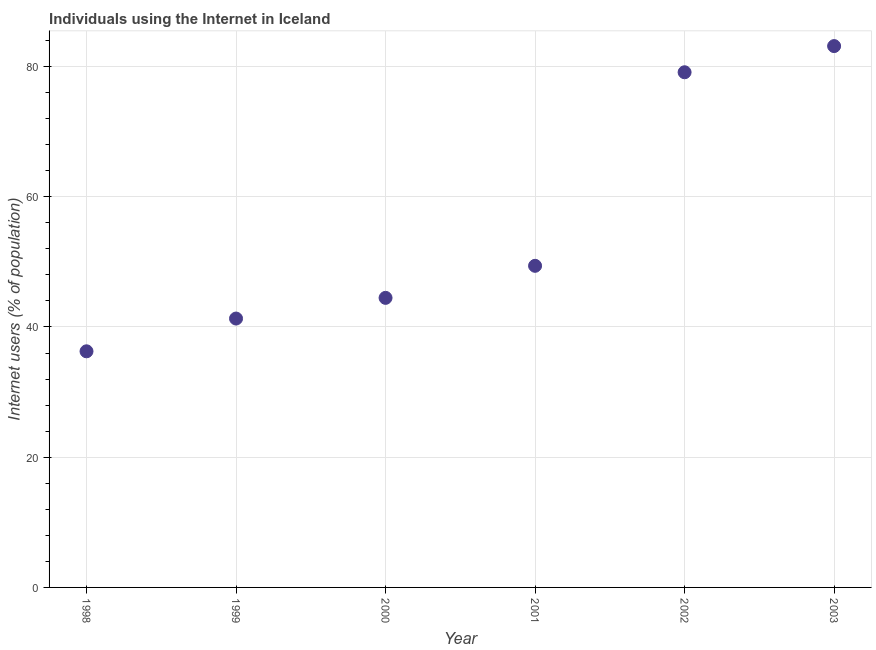
| Year | Internet users |
 | --- | --- |
 | 1998 | 36.3 |
 | 1999 | 41.3 |
 | 2000 | 44.5 |
 | 2001 | 49.4 |
 | 2002 | 79.1 |
 | 2003 | 83.1 |